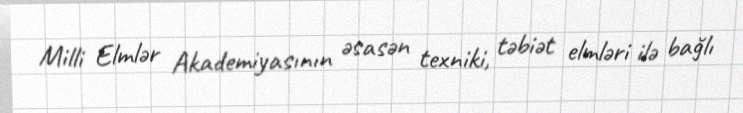
Milli Elmlər Akademiyasının əsasən texniki, təbiət elmləri ilə bağlı